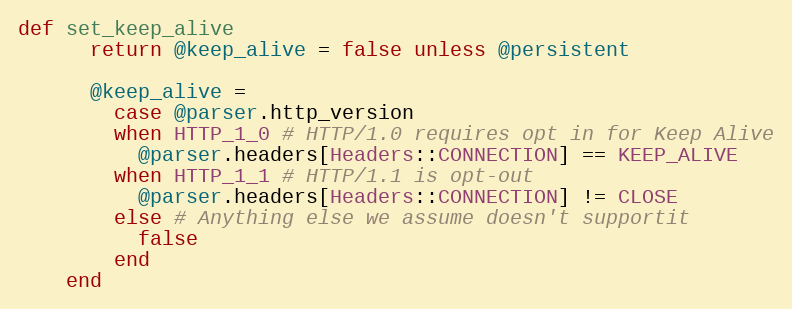
Language: Ruby
def set_keep_alive
      return @keep_alive = false unless @persistent

      @keep_alive =
        case @parser.http_version
        when HTTP_1_0 # HTTP/1.0 requires opt in for Keep Alive
          @parser.headers[Headers::CONNECTION] == KEEP_ALIVE
        when HTTP_1_1 # HTTP/1.1 is opt-out
          @parser.headers[Headers::CONNECTION] != CLOSE
        else # Anything else we assume doesn't supportit
          false
        end
    end